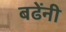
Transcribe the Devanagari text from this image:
बढेंनी